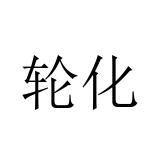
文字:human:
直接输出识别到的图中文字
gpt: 轮化